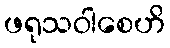
ဖရုသဝါစေဟိ